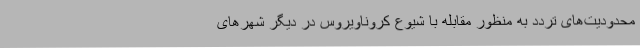
محدودیت‌های تردد به منظور مقابله با شیوع کروناویروس در دیگر شهرهای